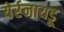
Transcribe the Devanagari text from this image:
येर्रनायडू